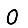
Digit: 0